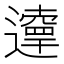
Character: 𨘞